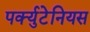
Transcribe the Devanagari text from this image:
पर्क्युटेनियस